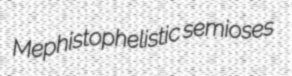
Mephistophelistic semioses